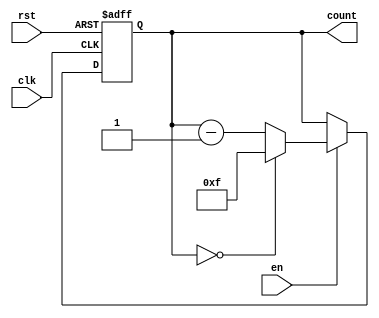
module binary_down_counter #(
    parameter WIDTH = 4  // Parameter to define the width of the counter
)(
    input wire clk,      // Clock signal
    input wire rst,      // Asynchronous reset signal (active high)
    input wire en,       // Enable signal for counting
    output reg [WIDTH-1:0] count // Current count value
);

    // Maximum value for the counter
    localparam MAX_COUNT = (1 << WIDTH) - 1; // 2^WIDTH - 1

    always @(posedge clk or posedge rst) begin
        if (rst) begin
            // Reset the counter to maximum value
            count <= MAX_COUNT;
        end else if (en) begin
            // Decrement the counter
            if (count == 0) begin
                count <= MAX_COUNT; // Roll over to maximum value
            end else begin
                count <= count - 1; // Decrement the current count
            end
        end
        // If enable is low, retain current count value
    end

endmodule